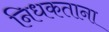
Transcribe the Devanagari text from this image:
निधकताना